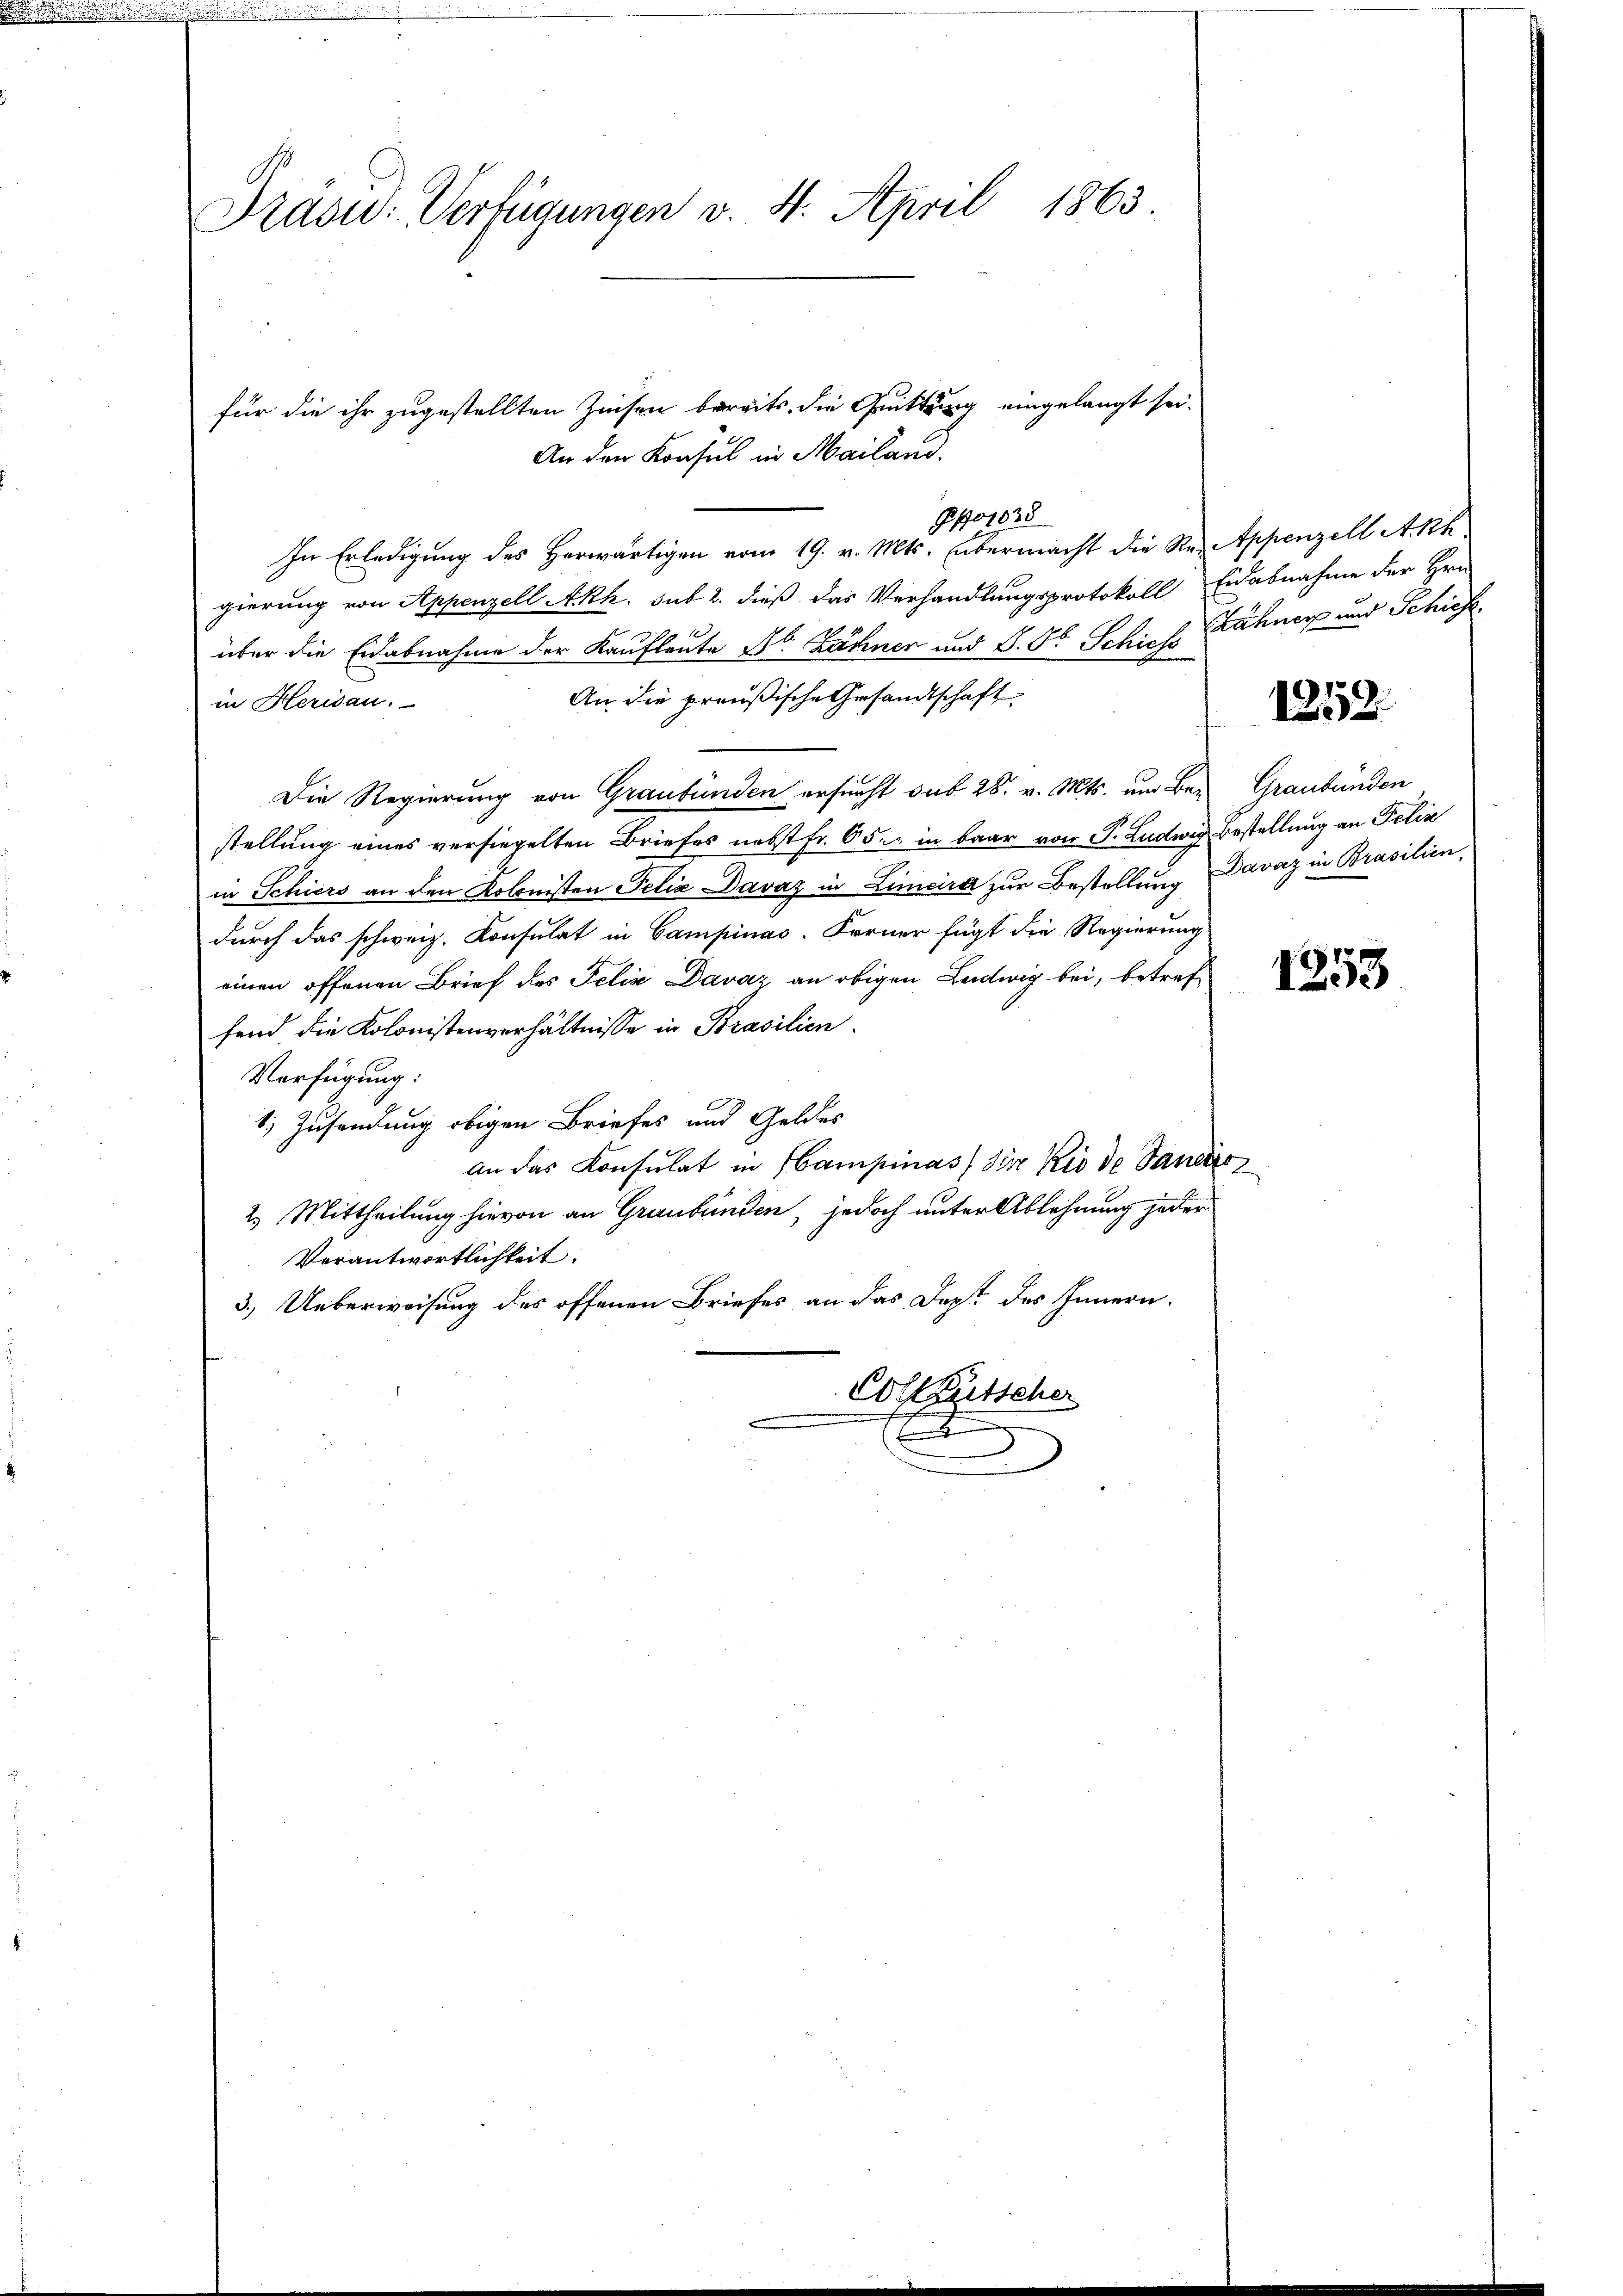
.

Präsid. Verfügungen v. 4. April 1863.

für die ihr zugestellten Zinsen bereits, die Quittung eingelangt sei.
Pfo1038
In Erledigung des Herwärtigen vom 19. v. Mts. übermacht die Re- Appenzell A.Rh
gierung von Appenzell Akh. sub 2. dieß das Verhandlungsprotokoll Eidabnahme der Hrn.
über die Eidabnahme der Kaufleute No. Zähner und S. 56. Schiehe Zähner und Schiefe
An die preußische Gesandtschaft
in Herisau.
Die Regierung von Graubünden ersucht sub 28. v. Mts. um Bey Graubünden
stellung eines versiegelten Briefes nebst Fr. 65 in baar von P. Ludwig Bestellung an Filia
in Schiers an den Kolonisten Felix Davaz in Limaira zur Bestellung Davaz in Brasilien,
durch das schweiz. Konsulat in Campinas. Ferner fügt die Regierung
eien offenen Brief des Felix Daz an obigen Ludwig bei, betref
fend die Kolonistenverhältnisse in Brasilien.
Verfügung:
1.) Zusendung obigen Briefes und Geldes
an das Konsulat in Hampinas, die Kio de Janeiro
2.) Mittheilung hievon an Graubünden, jedoch unter Ablehnung jeder
Verantwortlichkeit.
3.) Ueberweisung des offenen Briefes an das Dept des Innern.
Colleutscher

An den Konsul in Mailand.

1353.